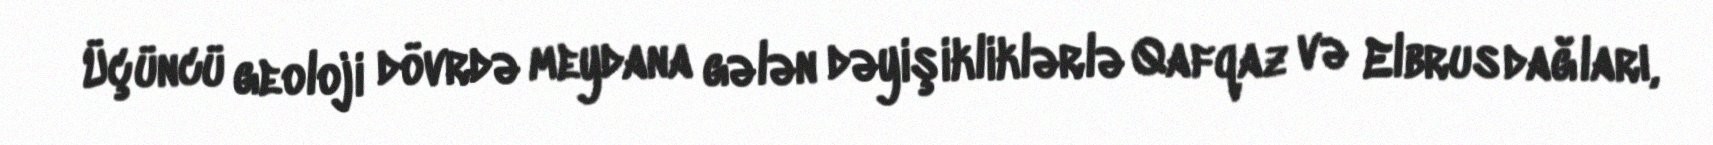
Üçüncü geoloji dövrdə meydana gələn dəyişikliklərlə Qafqaz və Elbrus dağları,